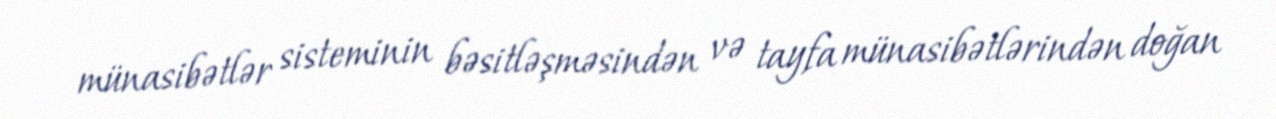
münasibətlər sisteminin bəsitləşməsindən və tayfa münasibətlərindən doğan